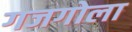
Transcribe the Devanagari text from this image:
गजगोला